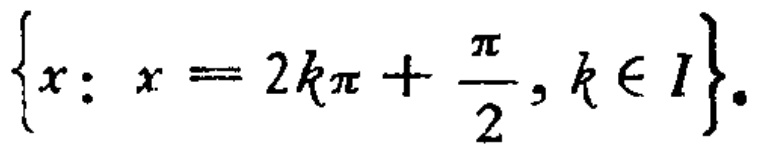
\(\{x: x = 2k\pi+\frac{\pi}{2}, k\in I\}\)